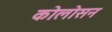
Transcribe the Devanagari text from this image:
कोलोसन